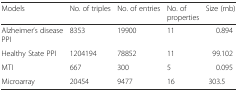
<table><thead><tr><td><b>Models</b></td><td><b>No. of triples</b></td><td><b>No. of entries</b></td><td><b>No. of properties</b></td><td><b>Size (mb)</b></td></tr></thead><tbody><tr><td>Alzheimer’s disease PPI</td><td>8353</td><td>19900</td><td>11</td><td>0.894</td></tr><tr><td>Healthy State PPI</td><td>1204194</td><td>78852</td><td>11</td><td>99.102</td></tr><tr><td>MTI</td><td>667</td><td>300</td><td>5</td><td>0.095</td></tr><tr><td>Microarray</td><td>20454</td><td>9477</td><td>16</td><td>303.5</td></tr></tbody></table>